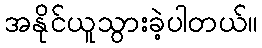
အနိုင်ယူသွားခဲ့ပါတယ်။